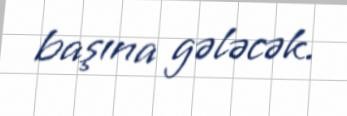
başına gələcək.